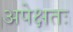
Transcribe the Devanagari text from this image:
अपेक्षतः